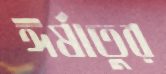
ঈর্ষাতুর